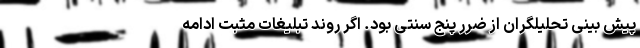
پیش بینی تحلیلگران از ضرر پنج سنتی بود. اگر روند تبلیغات مثبت ادامه